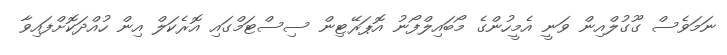
ނަމަވެސް ގޫގުލްއިން ވަނީ އެމީހުންގެ މޯބައިލްފޯނު އޮޕަރޭޓިން ސިސްޓަމްގައި އޮރެކަލް އިން ހުއްދަކޮށްފައިވާ